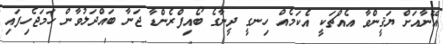
އޭނާއަށް ޔަޤީންވާ އެއްޗަކީ އެކަމެއް ހިނގީ ދީނާގެ ބޯއިފްރެންޑާ ޖަނާ ބައްދަލުވާން ހަމަޖެހިފައި